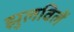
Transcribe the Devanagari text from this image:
झुलविलें